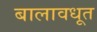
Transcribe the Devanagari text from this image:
बालावधूत